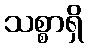
သစ္စာရှိ